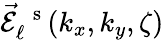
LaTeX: \vec{\mathcal{E}}_{\ell}^{\mathrm{~\, ~s~}}(k_{x},k_{y},\zeta)